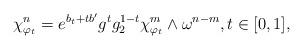
LaTeX: \begin{align*}\chi^n_{\varphi_t} = e^{b_t + t b'} g^t g^{1 - t}_2 \chi^m_{\varphi_t} \wedge \omega^{n - m} , t\in [0,1] ,\end{align*}